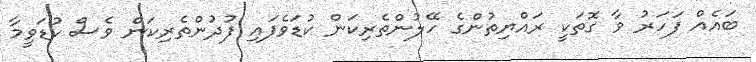
ބައެއް ފަހަރު ވާ ގޮތަކީ ރައްޔިތުންގެ ހޭލުންތެރިކަން ކުޑަވެފައި ފުދުންތެރިކަން ވެސް ކުޑަވީމާ